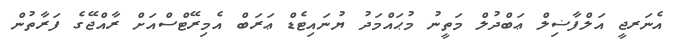
އެނަރޖީ އަލްފާޟިލް ޢަބްދުލް މަތީނު މުޙައްމަދު ޔުނައިޓެޑް ޢަރަބް އެމިރޭޓްސްއަށް ރާއްޖޭގެ ފަރާތުން